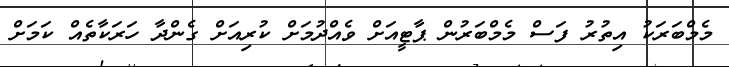
މެމްބަރަކު އިތުރު ފަސް މެމްބަރުން ޕާޓީއަށް ވެއްދުމަށް ކުރިއަށް ގެންދާ ހަރަކާތެއް ކަމަށް